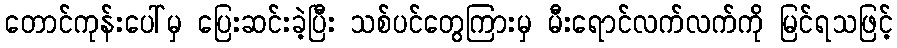
တောင်ကုန်းပေါ်မှ ပြေးဆင်းခဲ့ပြီး သစ်ပင်တွေကြားမှ မီးရောင်လက်လက်ကို မြင်ရသဖြင့်